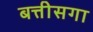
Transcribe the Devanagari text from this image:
बत्तीसगा